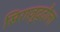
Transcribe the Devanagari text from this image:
सिराज़ुद्दौला